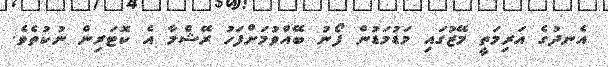
އެނދުގެ އަރިމަތީ މޭޒުގައި މަޑުމަޑުން ފޯނު ބޭއްވުމަށްފަހު ރޭޝްމާ އެ ކޮޓަރިން ނުކުތެވެ.